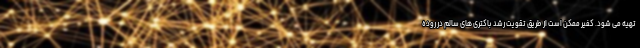
تهیه می شود. کفیر ممکن است از طریق تقویت رشد باکتری های سالم در روده